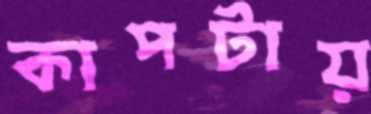
কাপটায়